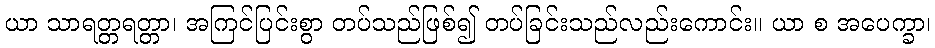
ယာ သာရတ္တရတ္တာ၊ အကြင်ပြင်းစွာ တပ်သည်ဖြစ်၍ တပ်ခြင်းသည်လည်းကောင်း။ ယာ စ အပေက္ခာ၊